Annual administration and progress report of the Indian Medical Department, Bombay
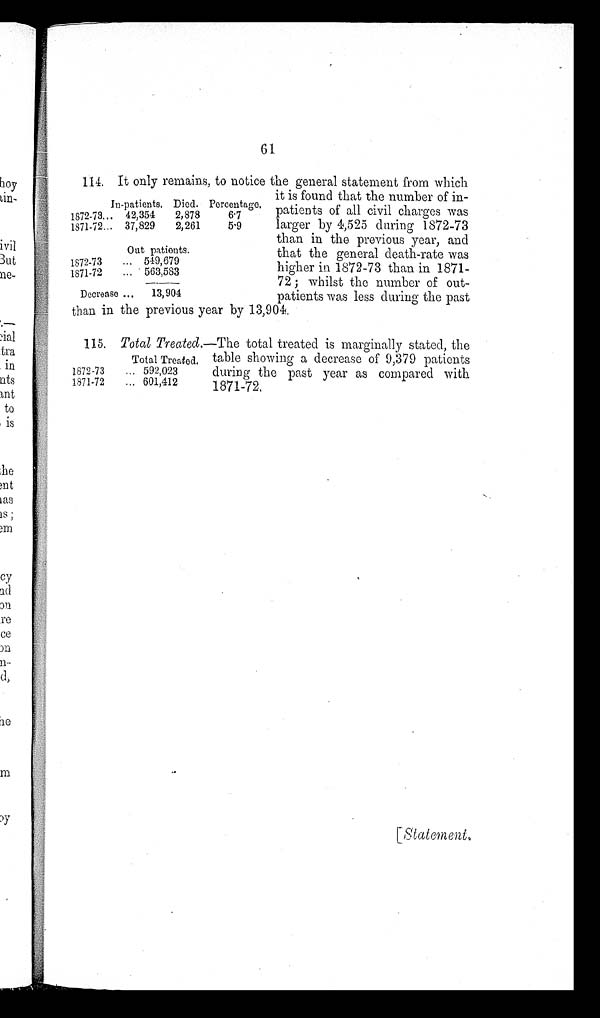
In-patients. Died. Percentage.
1872-73. . .
42,354
2,878
6.7
1871-72. . .
37,829
2,261
5.9
Out patients.
1872-73 . . .
549,679
1871-72 . . . 563,583
Decrease . . .
13,904
61
114. It only remains, to notice the general statement from which
it is found that the number of in
-
patients of all civil charges was
larger by 4,525 during 1872-73
than in the previous year, and
that the general death-rate was
higher in 1872-73 than in 1871
-
72; whilst the number of out
-
patients was less during the past
than in the previous year by 13,904.
115. Total Treated.—The total treated is marginally stated, the
Total Treated
1872-73 . . .
592,023
1871-72 . . .
601,412
table showing a decrease of 9,379 patients
during the past year as compared with
1871-72.